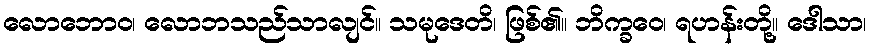
လောဘောဝ၊ လောဘသည်သာလျင်။ သမုဒေတိ၊ ဖြစ်၏။ ဘိက္ခဝေ၊ ရဟန်းတို့။ ဒေါသာ၊